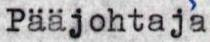
Pääjohtaja